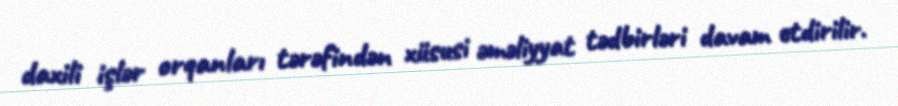
daxili işlər orqanları tərəfindən xüsusi əməliyyat tədbirləri davam etdirilir.